Lunatic asylums United Provinces 1899-1908 - 1899-1908
Year: 1899
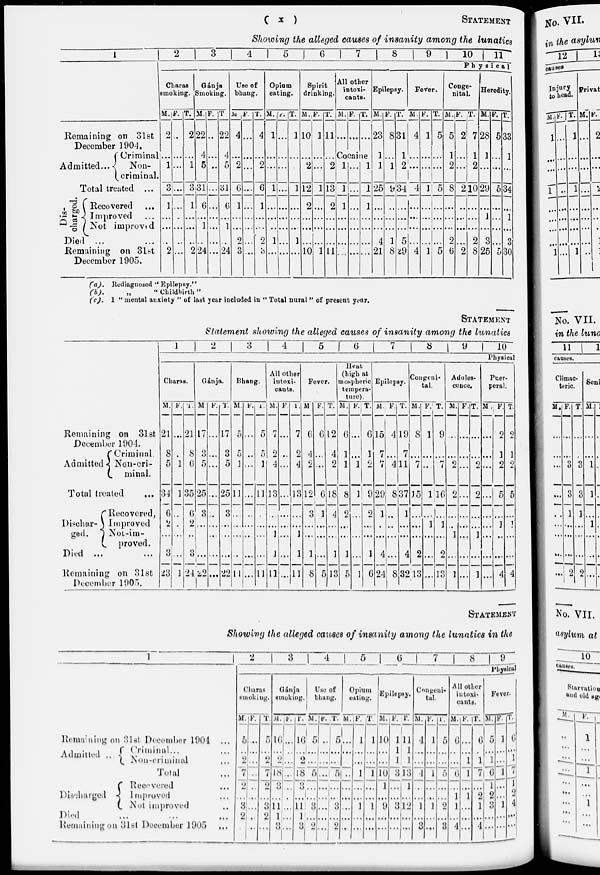
( x )
STATEMENT
Showing the alleged causes of insanity among the lunatics
1
Remaining on 31st
December 1904.
Admitted...
Criminal
Non-
criminal.
Total treated ...
Dis-
charged.
Recovered ...
Improved ...
Not improved
Died ... ...
Remaining on 31st
December 1905.
2
3
4
5
6
7
8
9
10
11
Physical
Charas
smoking.
M.
2
...
1
3
1
...
...
...
2
F.
...
...
...
...
...
...
...
...
...
T.
2
...
1
3
1
...
...
...
2
Gánja
Smoking.
M.
22
4
5
31
6
...
1
...
24
F.
...
...
..
...
...
...
...
...
...
T.
22
4
5
31
6
...
1
...
24
Use of
bhang.
M.
4
...
2
6
1
...
...
2
3
F.
...
...
...
...
...
...
...
...
...
T.
4
...
2
6
1
...
...
2
3
Opium
eating.
M.
1
...
...
1
...
...
...
1
...
F.
...
...
...
...
...
...
...
...
...
T.
1
...
...
1
...
...
...
1
...
Spirit
drinking.
M.
10
...
2
12
2
...
...
...
10
F.
1
...
...
1
...
...
...
...
1
T.
11
...
2
13
2
...
...
...
11
All other
intoxi-
cants.
M.
...
F.
...
T.
...
Cocaine
1
1
1
...
...
...
...
...
...
...
...
...
...
...
1
1
1
...
...
...
...
Epilepsy.
M.
23
1
1
25
...
...
...
4
21
F.
8
...
1
9
...
...
...
1
8
T.
31
1
2
34
...
...
...
5
29
Fever.
M.
4
...
...
4
...
...
...
...
4
F.
1
...
...
1
...
...
...
...
1
T.
5
...
...
5
...
...
...
...
5
Conge-
nital.
M.
5
1
2
8
...
...
...
2
6
F.
2
...
...
2
...
...
...
...
2
T.
7
1
2
10
...
...
...
2
8
Heredity.
M.
28
1
...
29
...
1
...
3
25
F.
5
...
...
5
...
...
...
...
5
T.
33
1
...
34
...
1
...
3
30
(a).
(b).
(c).
Rediagnosed " Epilepsy.''
„
" Childbirth "
1 " mental anxiety " of last year included in " Total nural " of present year.
STATEMENT
Statement showing the alleged causes of insanity among the lunatics
Remaining on 31st
December 1904.
Admitted
Criminal
Non-cri-
minal.
Total treated ...
Dischar-
ged.
Recovered,
Improved
Not-im-
proved.
Died ... ...
Remaining on 31st
December 1905.
1
2
3
4
5
6
7
8
9
10
Physical
Charas.
M.
21
8
5
34
6
2
...
3
23
F.
...
...
1
1
...
...
...
...
1
T.
21
8
6
35
6
2
...
3
24
Gánja.
M
17
3
5
25
3
...
...
...
22
F.
...
...
...
...
...
...
...
...
...
T.
17
3
5
25
3
...
...
...
22
Bhang.
M.
5
5
1
11
...
...
...
...
11
F.
...
...
...
...
...
...
...
...
...
T.
5
5
1
11
...
...
...
...
11
All other
intoxi-
cants.
M.
7
9
4
13
...
...
1
1
11
F.
...
...
...
...
...
...
...
...
...
T.
7
2
4
13
...
1
1
11
Fever.
M
6
4
2
12
3
...
...
1
8
F.
6
...
...
6
1
...
...
...
5
T.
12
4
2
18
4
...
...
1
13
Heat
(high at
mospheric
tempera-
ture).
M.
6
1
1
8
2
...
...
1
5
F.
...
...
1
1
...
...
...
...
1
T.
6
1
2
9
2
...
...
1
6
Epilepsy.
M.
15
7
7
29
1
...
...
4
24
F.
4
...
4
8
...
...
...
...
8
T.
19
7
11
37
1
...
...
4
32
Congeni-
tal.
M.
8
...
7
15
...
...
...
2
13
F.
1
...
...
1
...
1
...
...
...
T.
9
...
7
16
...
1
...
2
13
Adoles-
cence.
M.
...
...
2
2
...
...
1
...
1
F.
...
...
...
...
...
...
...
...
...
T.
...
...
2
2
...
...
1
...
1
Puer-
peral.
M.
...
...
...
...
...
...
...
...
...
F.
2
1
2
5
...
1
...
...
4
T.
2
1
2
5
...
1
...
...
4
STATEMENT
Showing the alleged causes of insanity among the lunatics in the
1
Remaining on 31st December 1904 ...
Admitted .. Criminal ... ...
Non-criminal ...
Total ...
Discharged
Recovered ...
Improved ...
Not improved ...
Died ... ... ...
Remaining on 31st December 1905 ...
2
3
4
5
6
7
8
9
Physical
Charas
smoking.
M.
5
...
2
7
2
...
3
2
...
F.
...
...
...
...
...
...
...
...
...
T.
5
...
2
7
2
...
3
2
...
Gánja
smoking.
M.
l6
...
2
18
...
...
11
1
3
F.
...
...
...
...
...
...
...
...
...
T.
16
...
2
18
...
...
11
1
3
Use of
bhang.
M.
5
...
...
5
...
...
3
...
2
F.
...
...
...
...
...
...
...
...
...
T.
5
...
...
5
...
...
3
...
2
Opium
eating.
M.
...
...
...
...
...
...
...
...
...
F.
1
...
...
1
...
...
1
...
...
T.
1
...
...
l
...
...
1
...
...
Epilepsy.
M.
10
...
...
10
1
...
9
...
...
F.
1
1
1
3
...
...
3
...
...
T.
11
1
1
13
1
...
12
...
...
Congeni-
tal.
M.
4
...
...
4
...
...
1
...
3
F.
1
...
...
1
...
...
1
...
...
T.
5
...
...
5
...
...
2
...
3
All other
intoxi-
cants.
M.
6
...
...
6
...
1
1
...
4
F.
...
...
1
1
...
1
...
...
...
T.
6
...
1
7
...
2
1
...
4
Fever.
M.
5
...
1
6
1
2
3
...
...
F.
1
...
...
1
...
...
1
...
...
T.
6
...
1
7
1
2
4
...
...